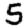
Digit: 5